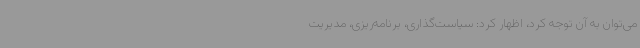
می‌توان به آن توجه کرد، اظهار کرد: سیاست‌گذاری، برنامه‌ریزی، مدیریت